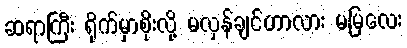
ဆရာကြီး ရိုက်မှာစိုးလို့ မလှန်ချင်တာလား မမြလေး